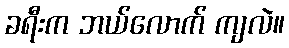
ခရီးက ဘယ်လောက် ကျလဲ။